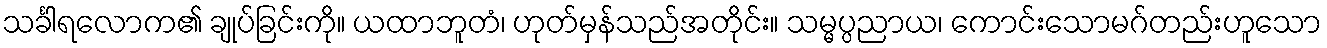
သင်္ခါရလောက၏ ချုပ်ခြင်းကို။ ယထာဘူတံ၊ ဟုတ်မှန်သည်အတိုင်း။ သမ္မပ္ပညာယ၊ ကောင်းသောမဂ်တည်းဟူသော